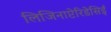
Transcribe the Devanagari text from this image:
लिजिनाप्टेरिडेसिई